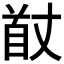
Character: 𮩟